Bréfritari: Jónatan Þorláksson
Viðtakandi: Jón Borgfirðings Jónsson
Dagsetning: A-1864-03-01
Skrifað á: Þórðarstöðum  S-Þing.

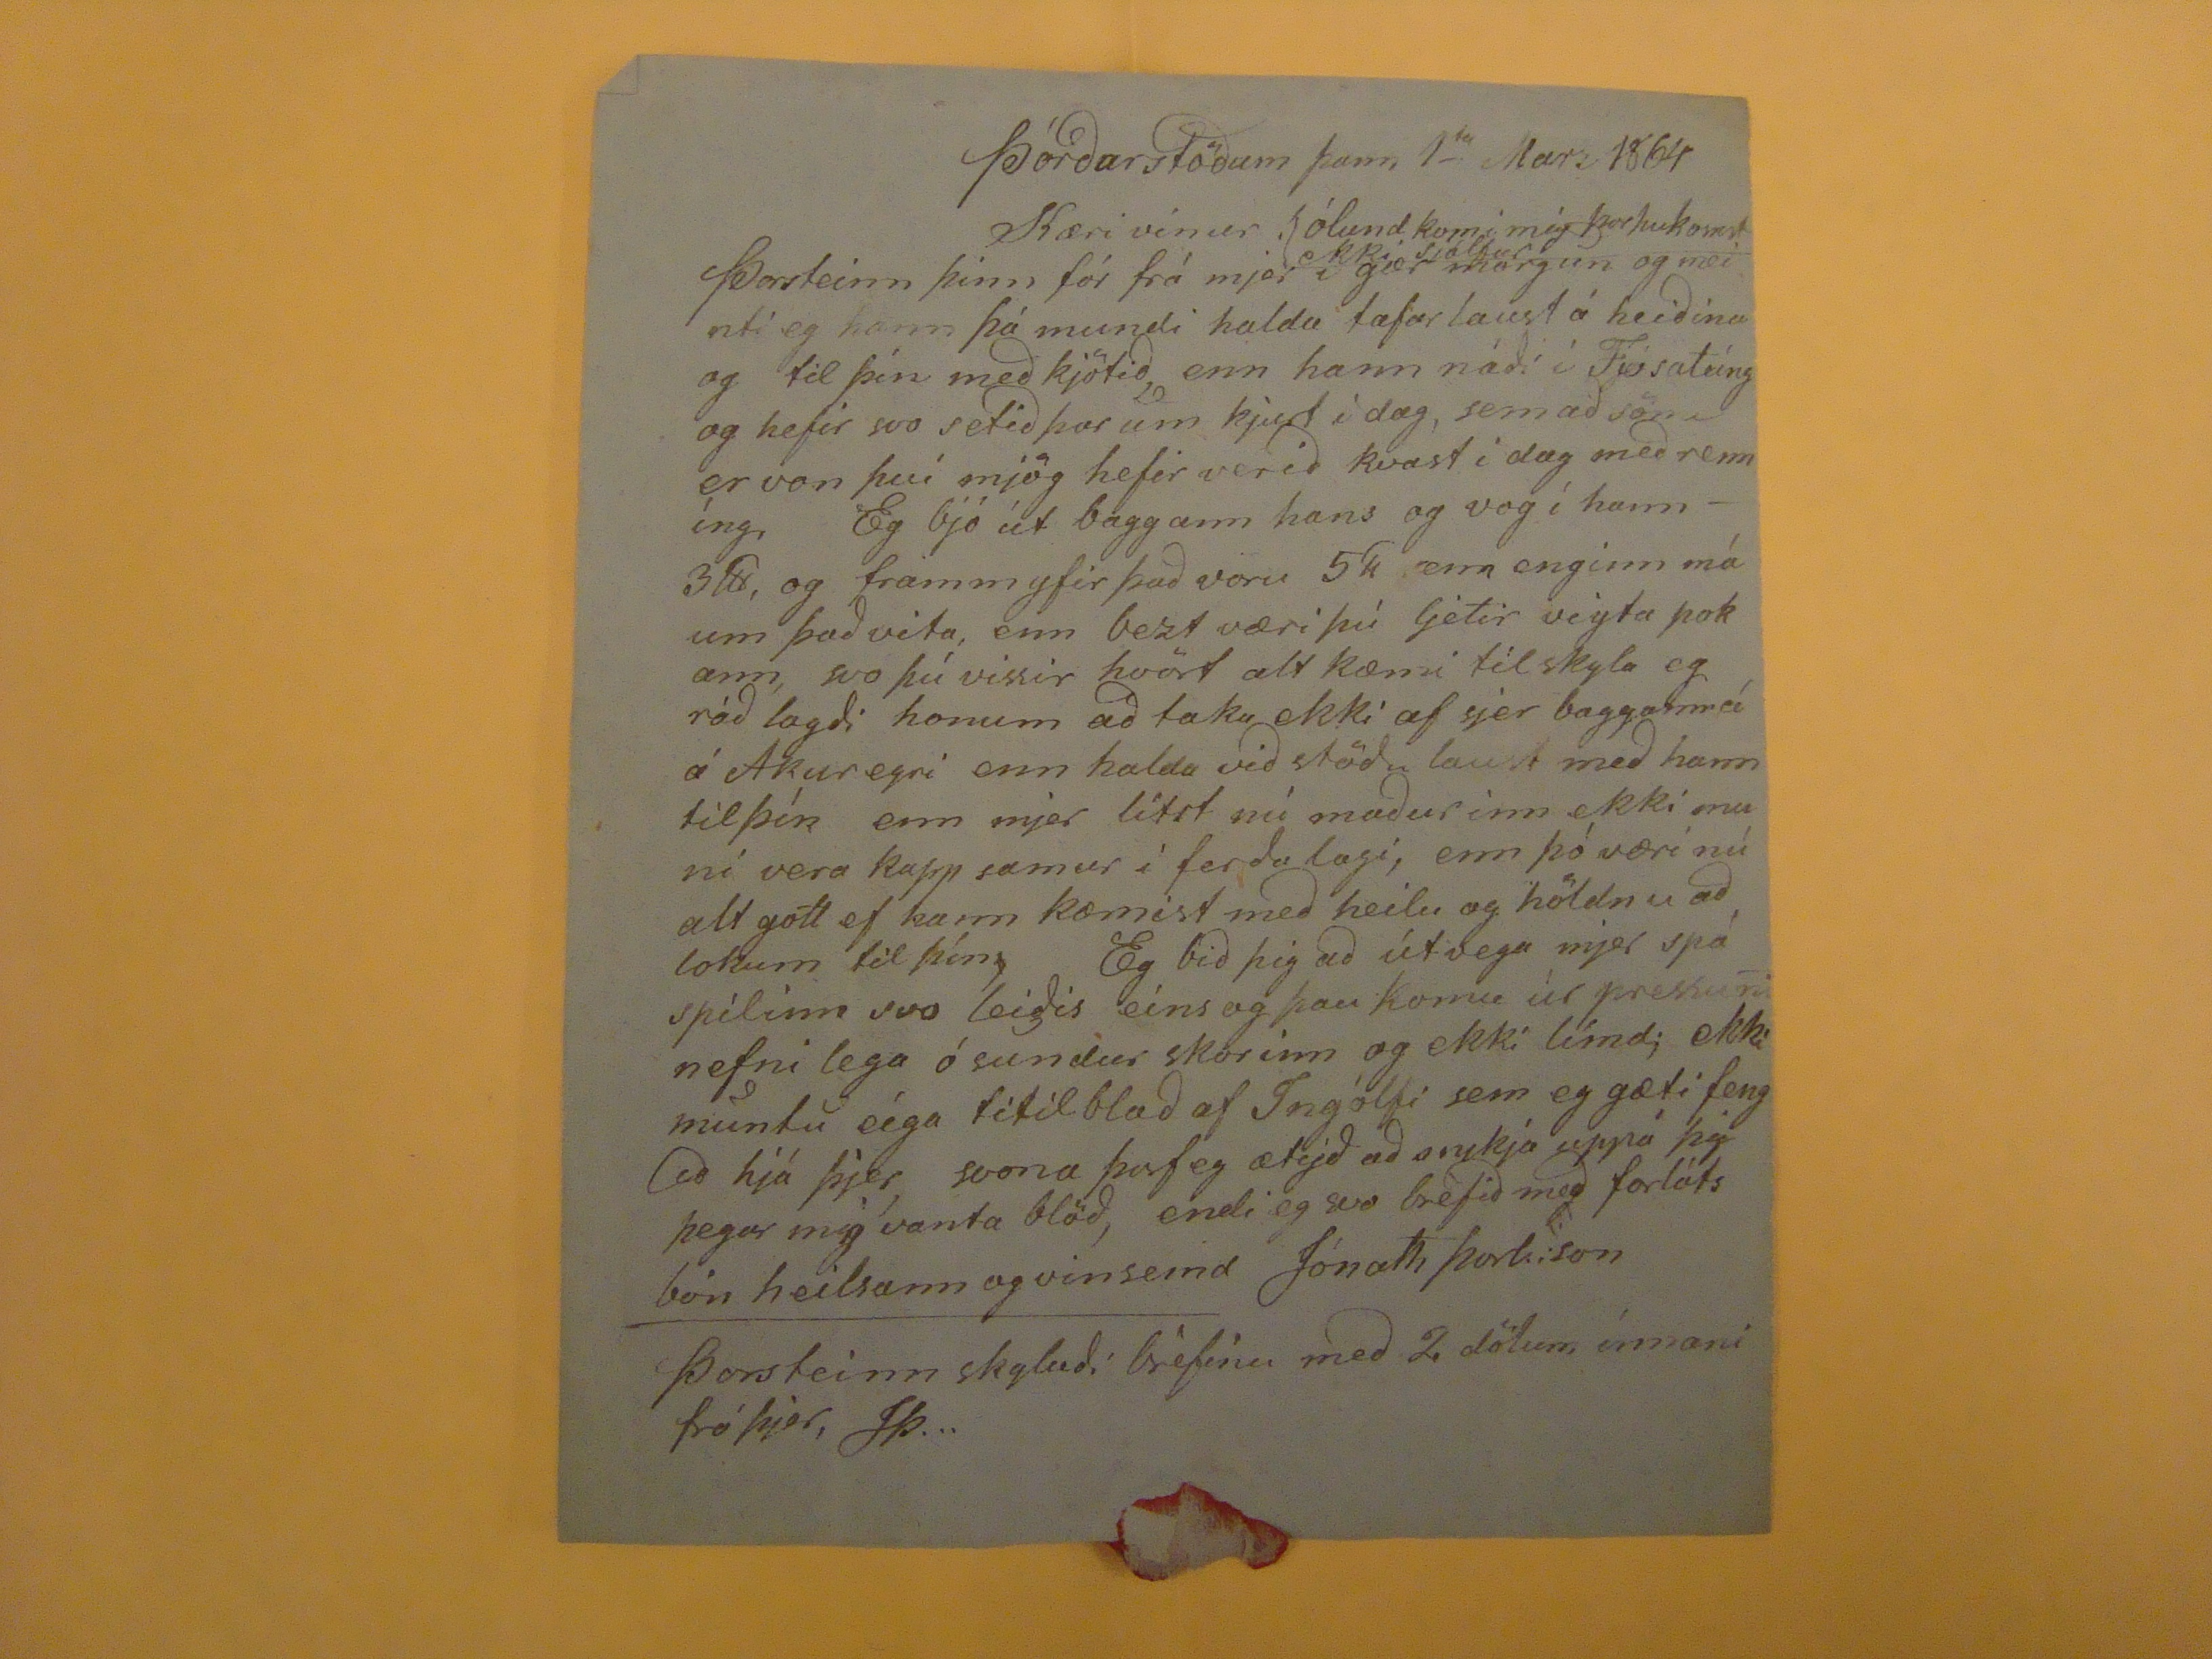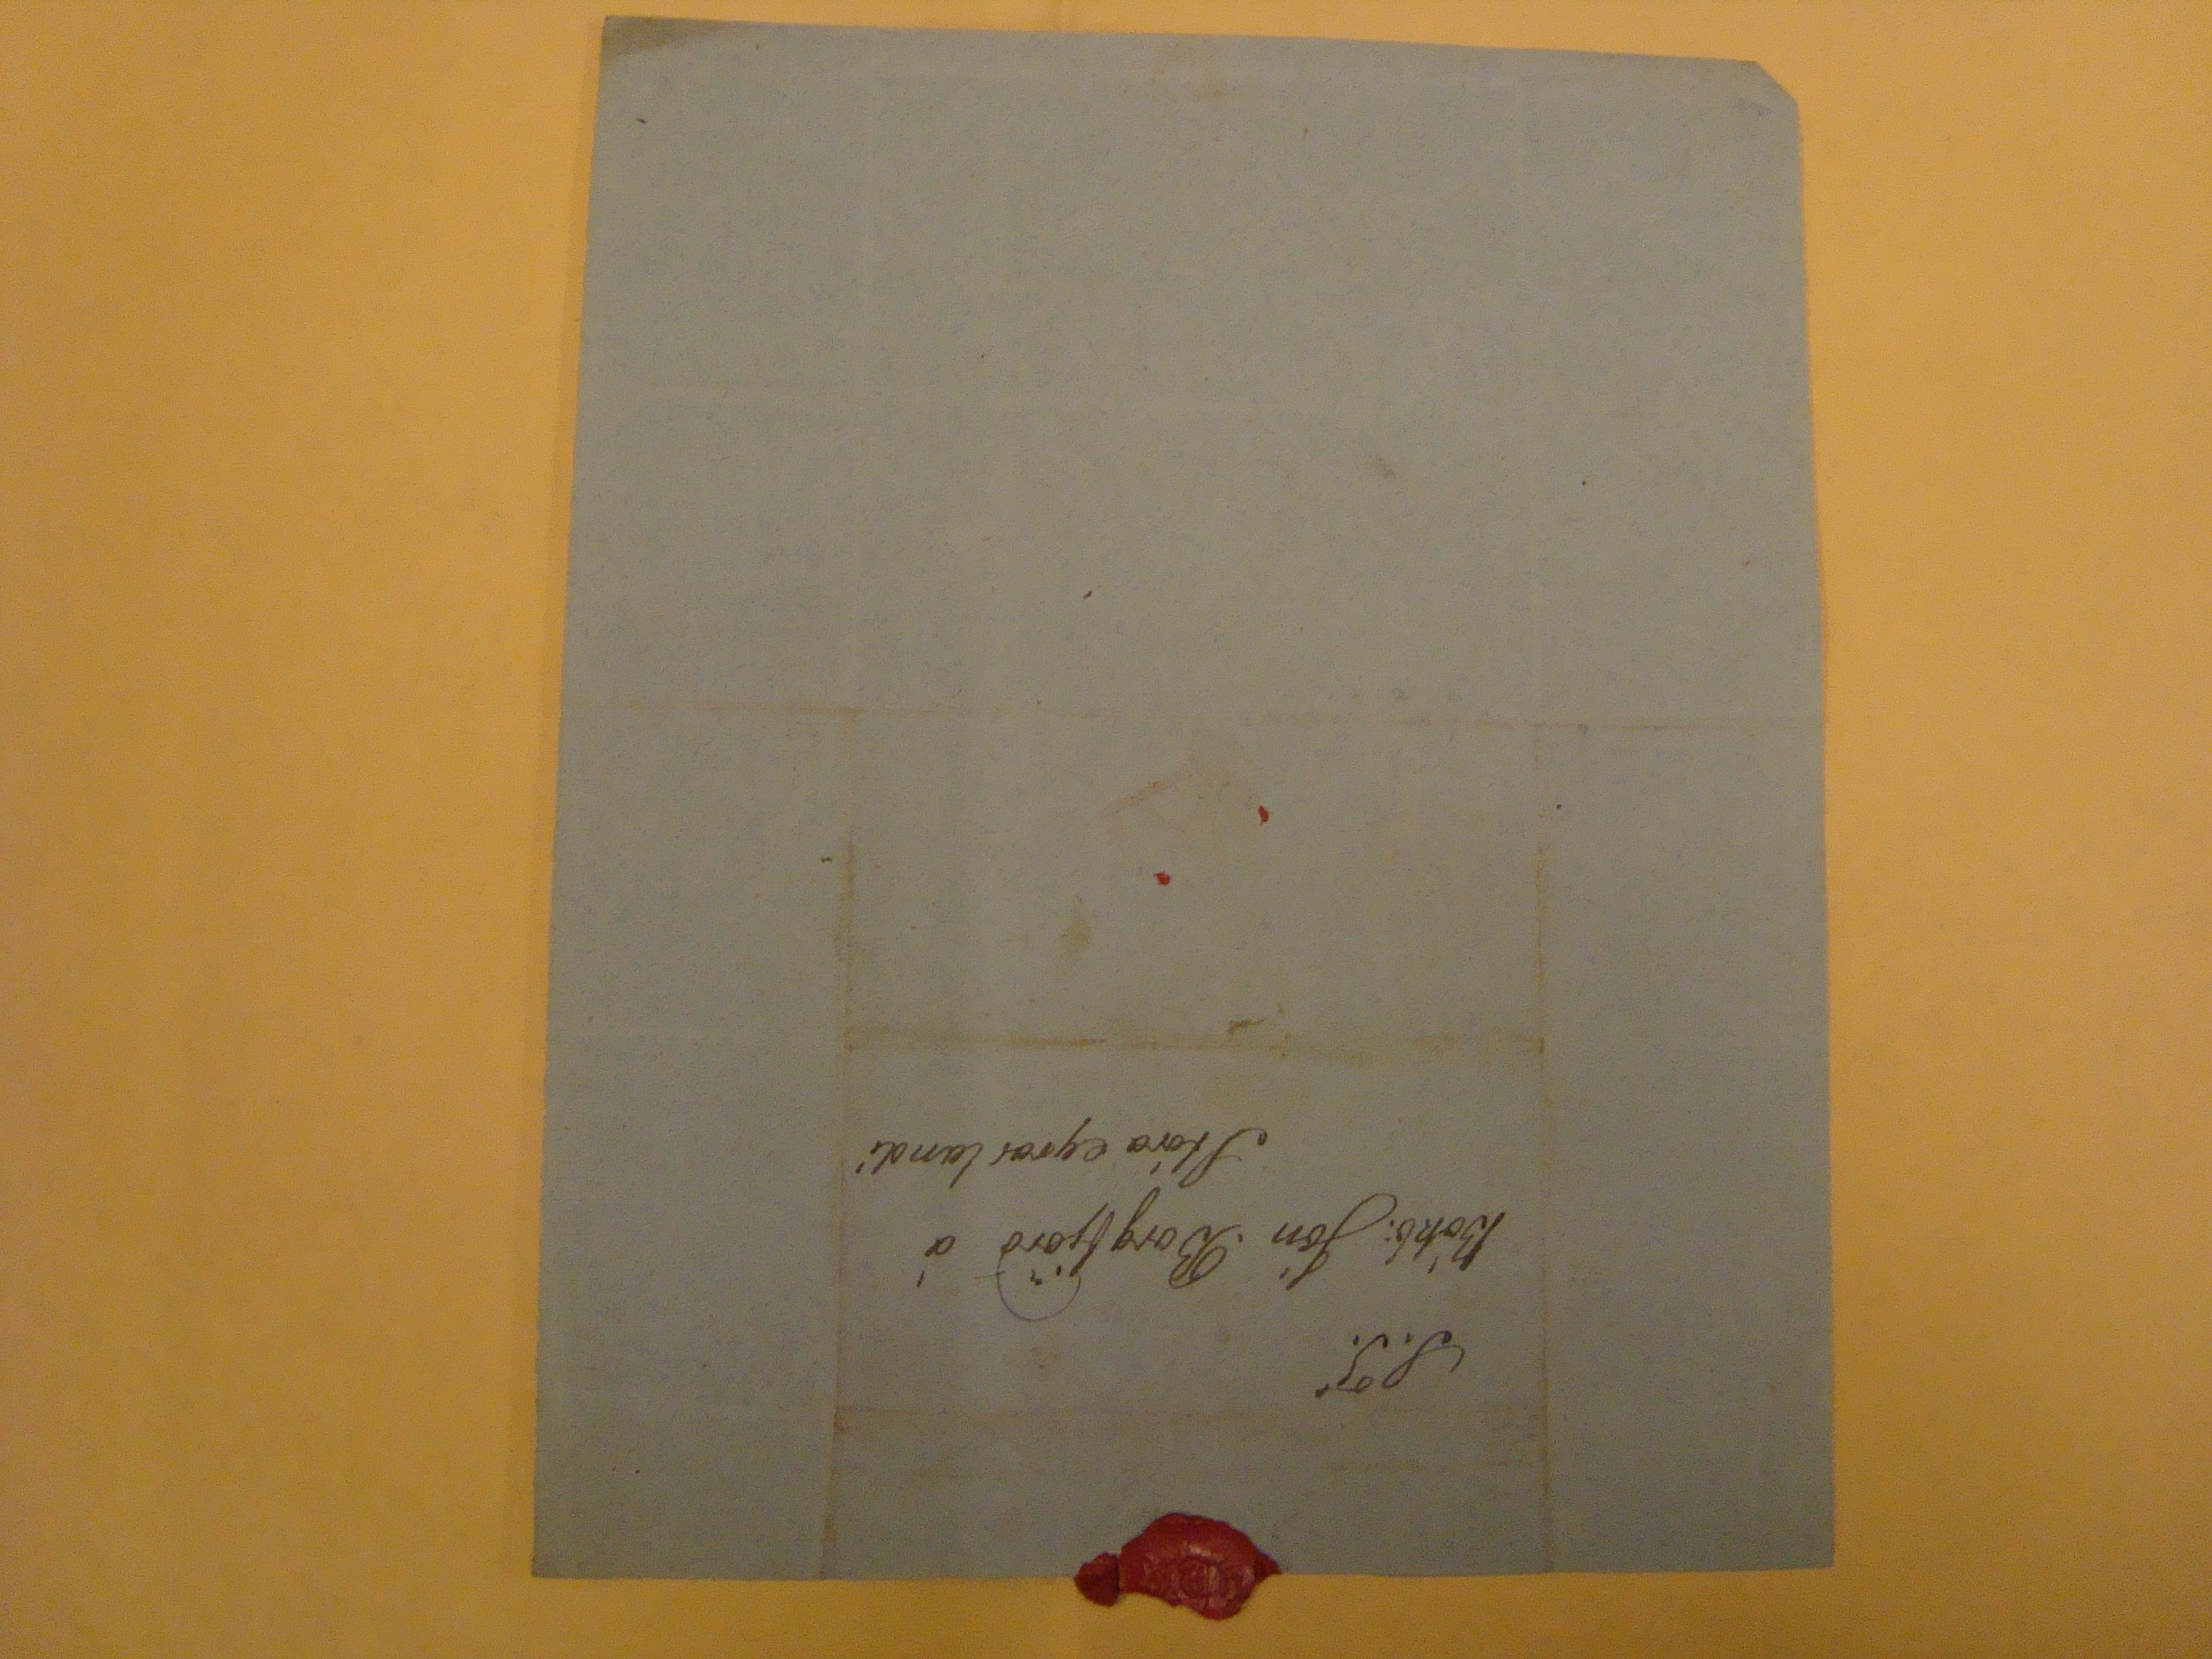

Þórðarstöðum þann, 1
ta
Marz 1864
Kæri vinur
Þorsteinn þinn fór frá mjer í gær morgun
ólund komi mig
Þorhukomst
ekki sjálfur
og meinti eg hann þá mundi halda tafar laust á heiðina og til þín með kjötið enn hann náði í Fjósatúng og hefir svo setið þar um kjurt í dag, sem að sömu er von því mjög hefir verið kvast í dag með renníng. Eg bjó út baggann hans og vog í hann- 3#, og framm yfir það voru 5# enn enginn má um það vita, enn bezt væri þú ljetir sigta þokann, svo þú vissir hvört alt kæmi til skyla eg ráð lagði honum að taka ekki af sjer bagganná á Akureyri enn halda við stöðu laust með hann til þín enn mjer lítst nú maður inn ekki muni vera kapp samur í ferða lagi, enn þó væri nú alt gott ef hann kæmist með heilu og höldnu að lokum til þín, Eg bið þig að útvega mjer spá spilinn svo leiðis eins og þau komu úr pressuni nefnilega ósundur skorinn og ekki límd; ekki muntu eiga titilblað af Ingólfi sem eg gæti fengið hjá þjer, svona þarf eg ætijð að snikja uppá
þú
þegar mig vanta blöð, endi eg svo bréfið með forláts
bón heilsann og vinsemd
Jónath Þorl.:son
Þorsteinn skylaði bréfinu með 2 dölum ínnani frá þjer, JÞ...
S.T.
Bókb. Jón .Borgfjörð á
Stóra eyrarlandi